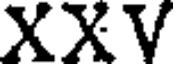
XXV